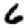
Digit: 6